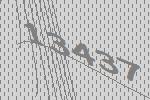
13437